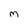
Character: m